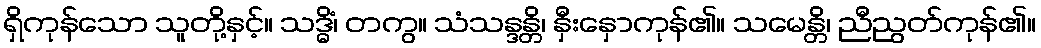
ရှိကုန်သော သူတို့နှင့်။ သဒ္ဓိံ၊ တကွ။ သံသန္ဒန္တိ၊ နှီးနှောကုန်၏။ သမေန္တိ၊ ညီညွတ်ကုန်၏။